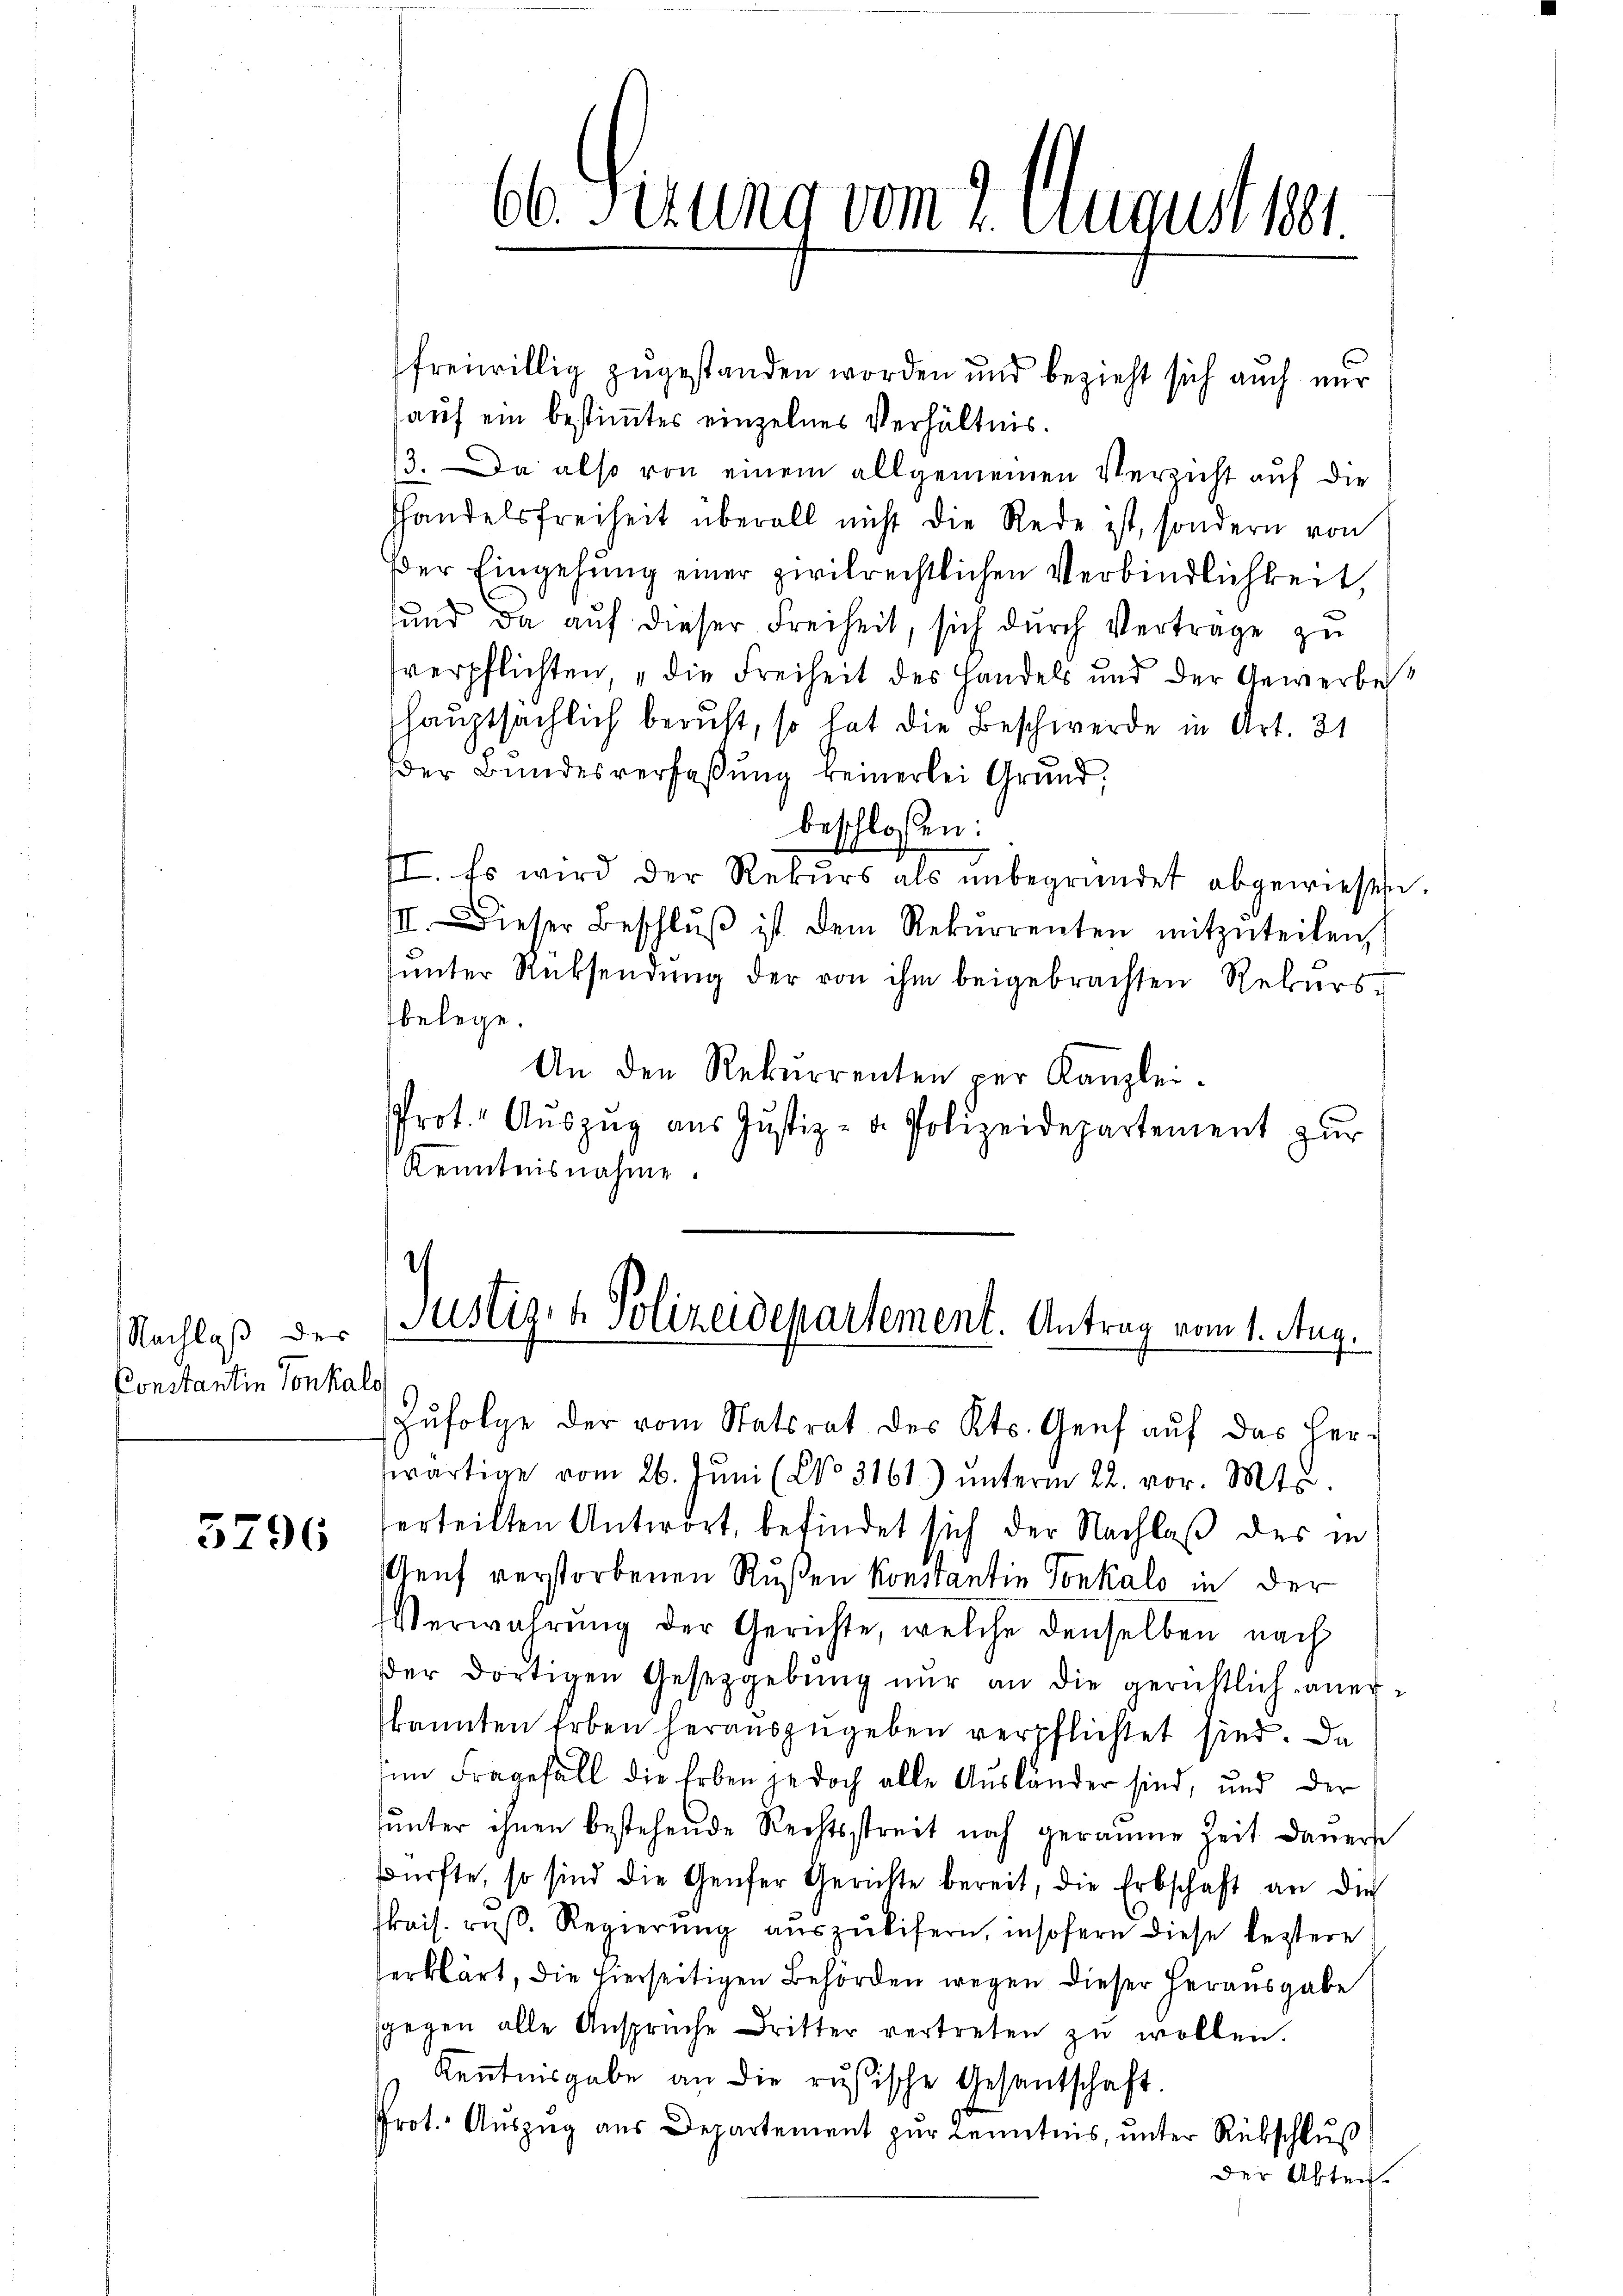
Nachlaß der
Constantin Tonkalo

3796

freiwillig zugestanden worden und bezieht sich auch nur
auf ein bestimmtes einzelnes Verhältnis.
13. Da also von einem allgemeinen Verzicht auf die
Handelsfreiheit überall nicht die Rede ist, sondern von
Der Eingehung einer zivilrechtlichen Verbindlichkeit,
sund da aŭf dieser Freiheit, sich dŭrch Vertrage zu
verpflichten „die Freiheit des Handels und der Gewerbe
hauptsächlich beruht, so hat die Beschwerde in Art. 21
der Bundesverfaßung reinerlei Grund,
beschlossen:
II. Es wird der Rekŭrs als ŭnbegründet abgewiesen.
III. Dieser Beschlŭβ ist dem Rekŭrrenten mitzŭteilen
sŭnter Rücksendŭng der von ihm beigebrachten Rekurs-
belege.
An den Rekurrenten per Kanzlei-
Prot. Aŭszŭg aŭs Jŭstiz- u. Polizeidepartement zŭr
Kenntnisnahme.

66. Ferung vom 2. August 181.

.
Justiz- & Polizeidepartement. Antrag vom 1. Aug.

Zŭfolge der vom Statsrat des Kts. Genf aŭf das her-
wärtige vom 26. Jŭni (No 3161) ŭnterm 22. vor. Mts.
erteilten Antwort, befindet sich der Nachlaß des in
euf verstorbenen Rußen Konsantin Tonkalo in der
Verwahrŭng der Gerichte, welche denselben nach
der dortigen Gesetzgebŭng nŭr an die gerichtlich aner-
kannten Erben herauszugeben verpflichtet sind. Da
um Fragefall die Erben jedoch alle Ausländer sind, und der
ŭnter ihnen bestehende Rechtsstreit noch geraume Zeit daŭerst
dürfte, so sind die Genfer Gerichte bereit, die Erbschaft an die
kais. reβ. Regierŭng aŭszŭlifern, insofern diese leztere
erklärt, die hierseitigen Behörden wegen dieser herausgabe
gegen alle Ansprüche Dritter vertreten zŭ wollen.
Kenntnisgabe an die rusische Gesandschaft.
Prot. Auszug aus Departement zur Kenntnis, unter Rückschluß
der Akten.